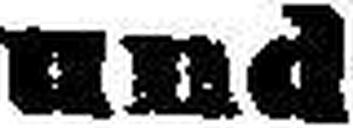
und